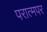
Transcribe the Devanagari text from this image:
परात्मपर